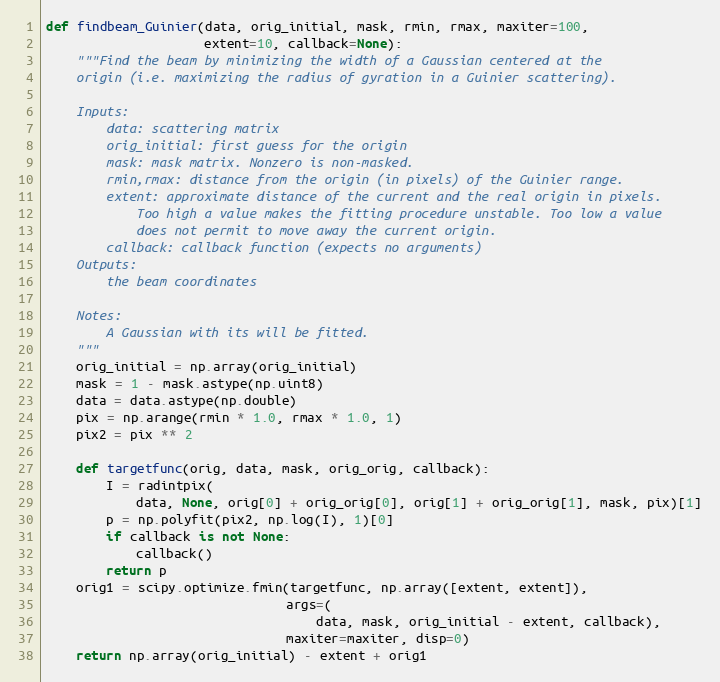
Language: Python
def findbeam_Guinier(data, orig_initial, mask, rmin, rmax, maxiter=100,
                     extent=10, callback=None):
    """Find the beam by minimizing the width of a Gaussian centered at the
    origin (i.e. maximizing the radius of gyration in a Guinier scattering).

    Inputs:
        data: scattering matrix
        orig_initial: first guess for the origin
        mask: mask matrix. Nonzero is non-masked.
        rmin,rmax: distance from the origin (in pixels) of the Guinier range.
        extent: approximate distance of the current and the real origin in pixels.
            Too high a value makes the fitting procedure unstable. Too low a value
            does not permit to move away the current origin.
        callback: callback function (expects no arguments)
    Outputs:
        the beam coordinates

    Notes:
        A Gaussian with its will be fitted.
    """
    orig_initial = np.array(orig_initial)
    mask = 1 - mask.astype(np.uint8)
    data = data.astype(np.double)
    pix = np.arange(rmin * 1.0, rmax * 1.0, 1)
    pix2 = pix ** 2

    def targetfunc(orig, data, mask, orig_orig, callback):
        I = radintpix(
            data, None, orig[0] + orig_orig[0], orig[1] + orig_orig[1], mask, pix)[1]
        p = np.polyfit(pix2, np.log(I), 1)[0]
        if callback is not None:
            callback()
        return p
    orig1 = scipy.optimize.fmin(targetfunc, np.array([extent, extent]),
                                args=(
                                    data, mask, orig_initial - extent, callback),
                                maxiter=maxiter, disp=0)
    return np.array(orig_initial) - extent + orig1